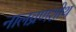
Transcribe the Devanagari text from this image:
नालव्रणशोथ